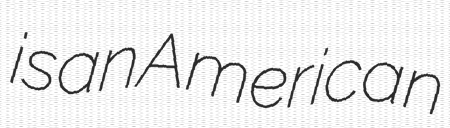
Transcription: is an American